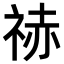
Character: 𥙼